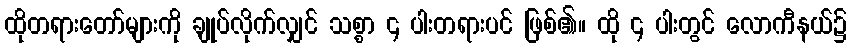
ထိုတရားတော်များကို ချုပ်လိုက်လျှင် သစ္စာ ၄ ပါးတရားပင် ဖြစ်၏။ ထို ၄ ပါးတွင် လောကီနယ်၌